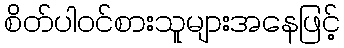
စိတ်ပါဝင်စားသူများအနေဖြင့်